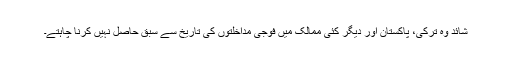
شائد وہ ترکی، پاکستان اور دیگر کئی ممالک میں فوجی مداخلتوں کی تاریخ سے سبق حاصل نہیں کرنا چاہتے۔